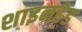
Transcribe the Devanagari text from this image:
शाइनहेड